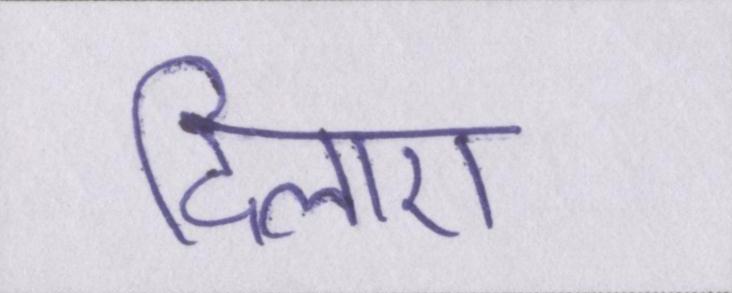
दिलाए